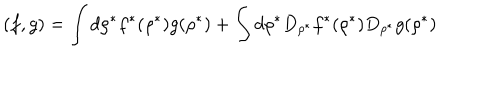
( f , g ) = \int d \rho ^ { * } f ^ { * } ( \rho ^ { * } ) g ( \rho ^ { * } ) + \int d \rho ^ { * } D _ { \rho ^ { * } } f ^ { * } ( \rho ^ { * } ) D _ { \rho ^ { * } } g ( \rho ^ { * } )